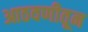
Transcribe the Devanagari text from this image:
आठवणीतून